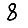
Digit: 8